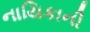
નાયિકાની